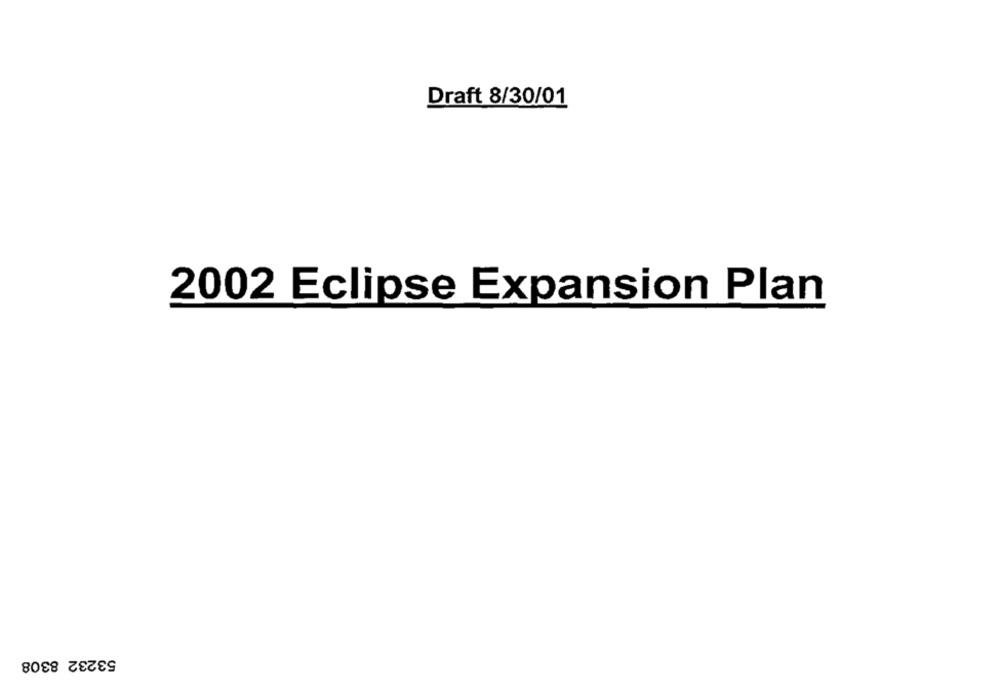
Draft 8/30/01
2002 Eclipse Expansion Plan
53232 8308